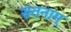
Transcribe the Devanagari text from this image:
सतनाम्